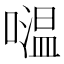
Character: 𡀦